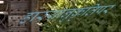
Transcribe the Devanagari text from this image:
हास्यानुकृतिपर